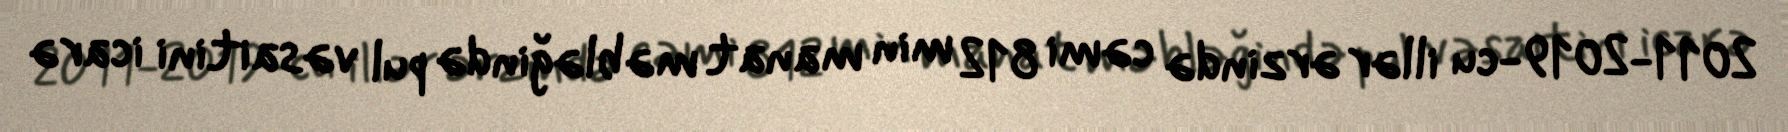
2011-2019-cu illər ərzində cəmi 812 min manat məbləğində pul vəsaitini icarə